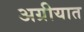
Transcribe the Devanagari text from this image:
अग्रीयात